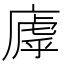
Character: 𫷽